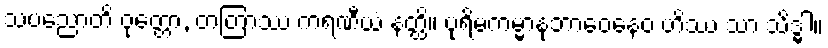
သပညောတိ ဝုတ္တော, တတြာဿ ကရဏီယံ နတ္ထိ။ ပုရိမကမ္မာနုဘာဝေနေဝ ဟိဿ သာ သိဒ္ဓါ။